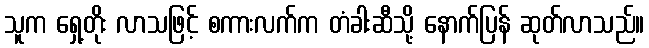
သူက ရှေ့တိုး လာသဖြင့် စကားလက်က တံခါးဆီသို့ နောက်ပြန် ဆုတ်လာသည်။